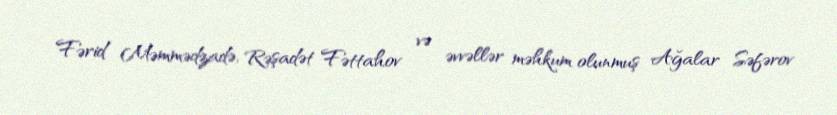
Fərid Məmmədzadə, Rəşadət Fəttahov və əvvəllər məhkum olunmuş Ağalar Səfərov